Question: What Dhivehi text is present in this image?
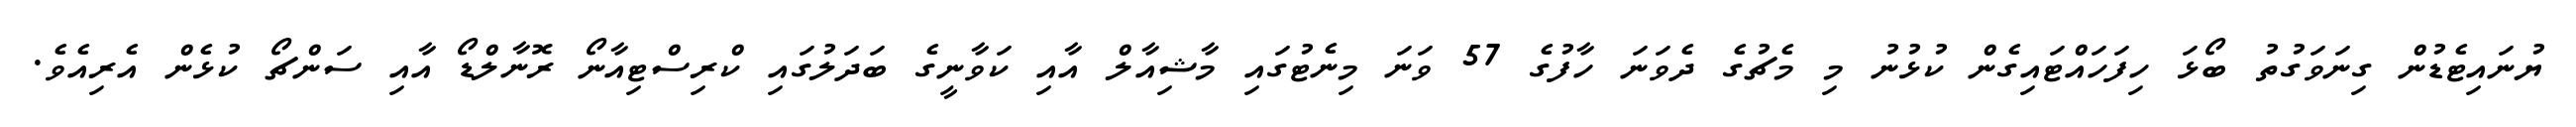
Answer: ޔުނައިޓެޑުން ގިނަވަގުތު ބޯޅަ ހިފަހައްޓައިގެން ކުޅުނު މި މެޗުގެ ދެވަނަ ހާފުގެ 57 ވަނަ މިނެޓުގައި މާޝިއާލް އާއި ކަވާނީގެ ބަދަލުގައި ކްރިސްޓިއާނޯ ރޮނާލްޑޯ އާއި ސަންޗޯ ކުޅެން އެރިއެވެ.